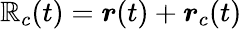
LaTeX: \boldsymbol{\mathbb{R}}_{c}(t)=\boldsymbol{r}(t)+\boldsymbol{r}_{c}(t)